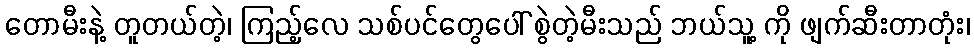
တောမီးနဲ့ တူတယ်တဲ့၊ ကြည့်လေ သစ်ပင်တွေပေါ် စွဲတဲ့မီးသည် ဘယ်သူ့ ကို ဖျက်ဆီးတာတုံး၊